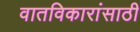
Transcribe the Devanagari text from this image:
वातविकारांसाठी